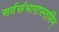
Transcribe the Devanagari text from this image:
सर्वसंभारास्तमिन्‌